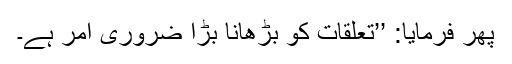
پھر فرمایا: ’’تعلقات کو بڑھانا بڑا ضروری امر ہے۔